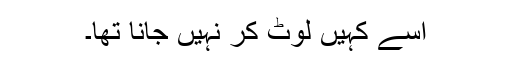
اُسے کہیں لوٹ کر نہیں جانا تھا۔